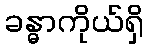
ခန္ဓာကိုယ်ရှိ